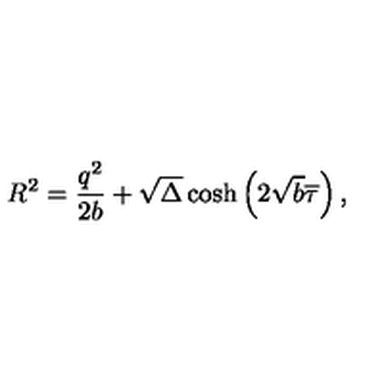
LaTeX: R ^ { 2 } = \frac { q ^ { 2 } } { 2 b } + \sqrt { \Delta } \cosh \left( 2 \sqrt { b } \overline { { \tau } } \right) ,